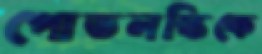
পোডলস্কিকে